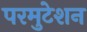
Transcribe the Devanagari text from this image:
परमुटेशन